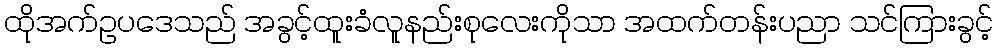
ထိုအက်ဥပဒေသည် အခွင့်ထူးခံလူနည်းစုလေးကိုသာ အထက်တန်းပညာ သင်ကြားခွင့်